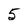
Character: 5